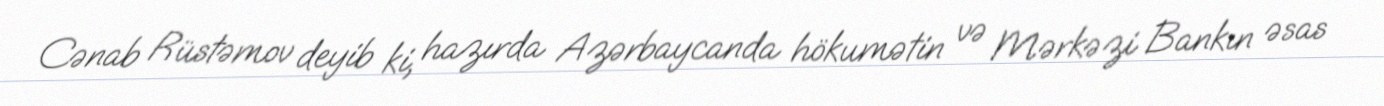
Cənab Rüstəmov deyib ki, hazırda Azərbaycanda hökumətin və Mərkəzi Bankın əsas